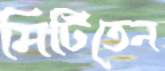
মিটিতেন